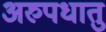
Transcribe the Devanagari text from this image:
अरुपधातु